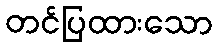
တင်ပြထားသော